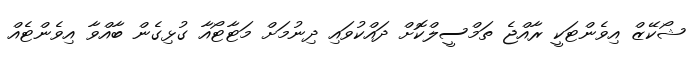
ޝޯކޭޒް އިވެންޓަކީ ރާއްޖެ ތަމްސީލްކޮށް ދައްކުވައި ދިނުމަށް މަޓާޓޯއާ ގުޅިގެން ބާއްވާ އިވެންޓެއް